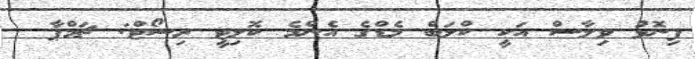
ފިނޮޅު ވިލާސް އަކީ ކްލަބް މެޑްގެ އެންމެ ކޮލިޓީ ރިސޯޓް: ޗަމްޕާ